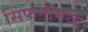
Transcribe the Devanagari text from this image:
सिंफनीमध्ये